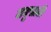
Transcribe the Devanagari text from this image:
लघुसाठी